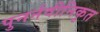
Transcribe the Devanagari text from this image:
पुनर्नवीनिकृत